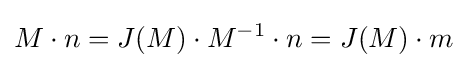
M\cdot n=J(M)\cdot M^{-1}\cdot n=J(M)\cdot m